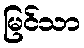
မြင်သာ